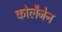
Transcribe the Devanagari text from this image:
कोलैजेन